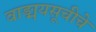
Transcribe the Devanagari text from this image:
वाङ्मयसूचीचे